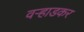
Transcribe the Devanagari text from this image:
वऱ्हाडकर